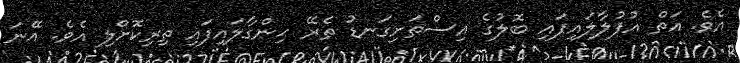
އެވެ. އަތް އުފުލާލައިފައި ބޮލުގެ އިސްތަށިގަނޑު ތެރޭ ހިންގާލައިފައި ތިރިކޮށްލި އެވެ. އޭނަ